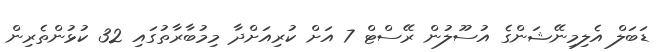
ޑަބަލް އެލިމިނޭޝަންގެ އުސޫލުން ރޭސްޓް 7 އަށް ކުރިއަށްދާ މިމުބާރާތުގައި 32 ކުޅުންތެރިން